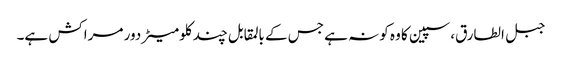
جبل الطارق، سپین کا وہ کونہ ہے جس کے بالمقابل چند کلومیٹر دور مراکش ہے۔